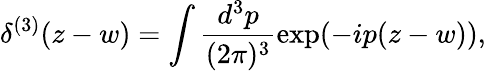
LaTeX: \delta^{(3)}(z-w)=\int\frac{d^{3}p}{(2\pi)^{3}}\exp(-ip(z-w)),